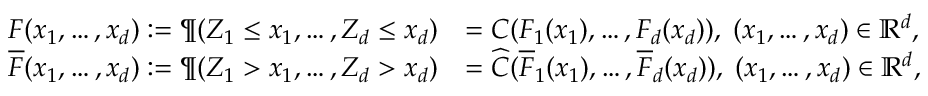
\begin{array} { r l } { F ( x _ { 1 } , \ldots , x _ { d } ) : = \P ( Z _ { 1 } \le x _ { 1 } , \ldots , Z _ { d } \le x _ { d } ) } & { = C ( F _ { 1 } ( x _ { 1 } ) , \ldots , F _ { d } ( x _ { d } ) ) , \; ( x _ { 1 } , \ldots , x _ { d } ) \in \mathbb { R } ^ { d } , } \\ { \overline { { F } } ( x _ { 1 } , \ldots , x _ { d } ) : = \P ( Z _ { 1 } > x _ { 1 } , \ldots , Z _ { d } > x _ { d } ) } & { = \widehat { C } ( \overline { { F } } _ { 1 } ( x _ { 1 } ) , \ldots , \overline { { F } } _ { d } ( x _ { d } ) ) , \; ( x _ { 1 } , \ldots , x _ { d } ) \in \mathbb { R } ^ { d } , } \end{array}